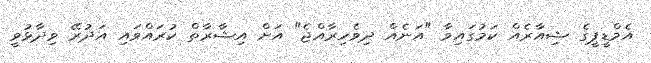
އެމްޑީޕީގެ ޝިއާރެއް ކަމުގައިވާ "އަނެއް ދިވެހިރާއްޖެ" އަށް އިޝާރާތް ކުރައްވައި އަދުރޭ ވިދާޅުވީ